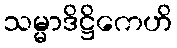
သမ္မာဒိဋ္ဌိကေဟိ